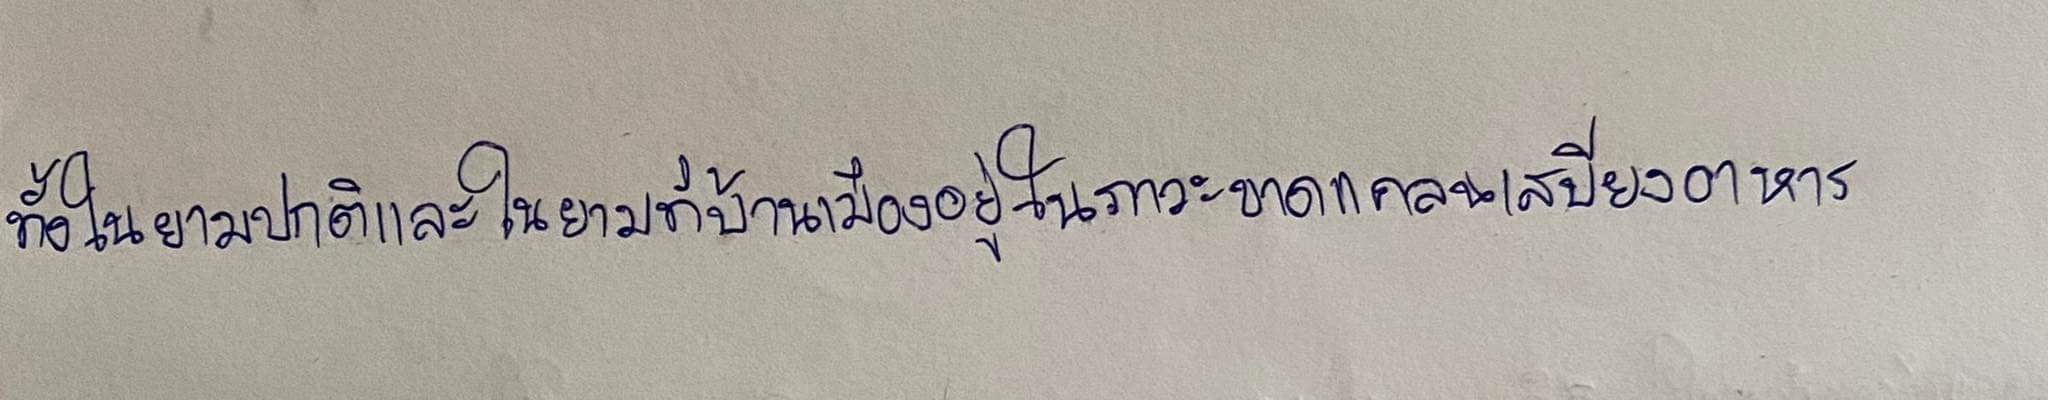
ทั้งในยามปกติและในยามที่บ้านเมืองอยู่ในภาวะขาดแคลนเสบียงอาหาร